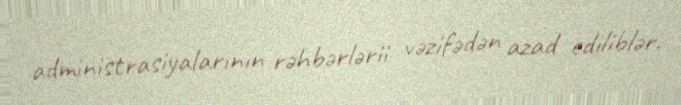
administrasiyalarının rəhbərlərii vəzifədən azad ediliblər.